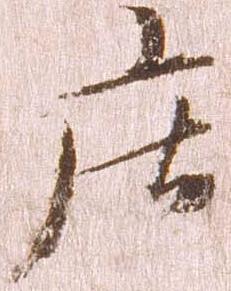
庄